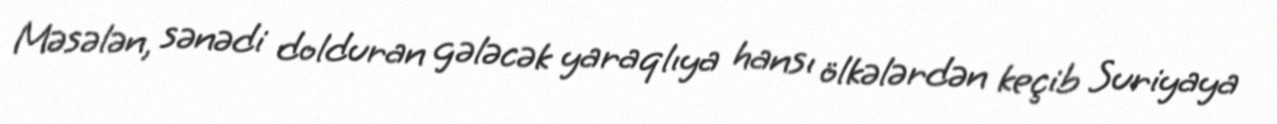
Məsələn, sənədi dolduran gələcək yaraqlıya hansı ölkələrdən keçib Suriyaya